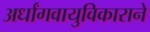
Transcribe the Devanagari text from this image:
अर्धांगवायुविकाराने